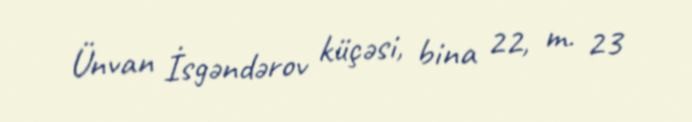
Ünvan İsgəndərov küçəsi, bina 22, m. 23